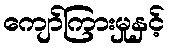
ကျော်ကြားမှုနှင့်